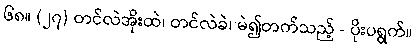
၆၈။ (၂၇) တင်လဲအိုးထဲ၊ တင်လဲခဲ၊ မဲ၍တက်သည့် - ပိုးပရွက်။